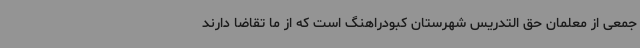
جمعی از معلمان حق التدریس شهرستان کبودراهنگ است که از ما تقاضا دارند